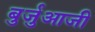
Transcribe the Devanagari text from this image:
बुर्जुआजी